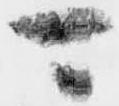
可